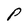
Character: P